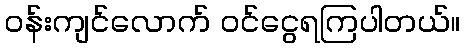
ဝန်းကျင်လောက် ဝင်ငွေရကြပါတယ်။